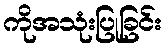
ကိုအသုံးပြုခြင်း